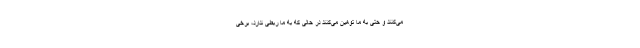
می‌کنند و حتی به ما توهین می‌کنند در حالی که به ما ربطی ندارد، برخی